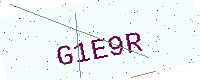
Text: G1E9R